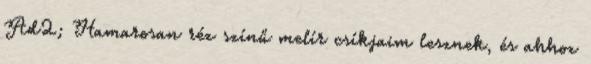
Ad2; Hamarosan réz színű melír csíkjaim lesznek, és ahhoz